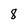
Character: 8